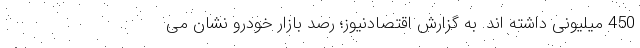
450 میلیونی داشته اند. به گزارش اقتصادنیوز؛ رصد بازار خودرو نشان می